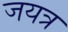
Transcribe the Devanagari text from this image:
जयत्र